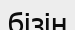
бізін